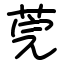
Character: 莞